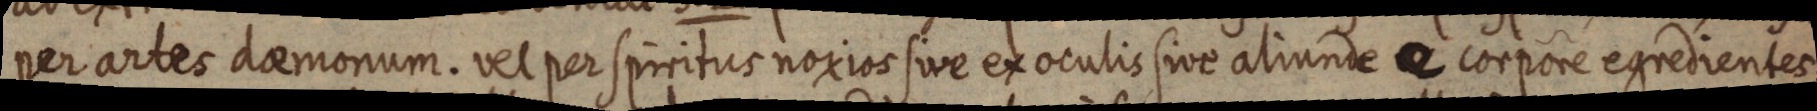
per artes daemonum. vel per spirritus noxios sive ex oculis sive aliunde e corpore egredientes